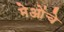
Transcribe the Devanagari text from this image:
मेओंचे